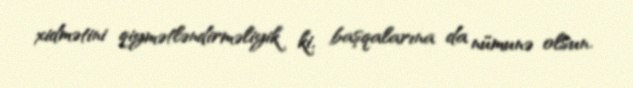
xidmətini qiymətləndirməliyik ki, başqalarına da nümunə olsun.